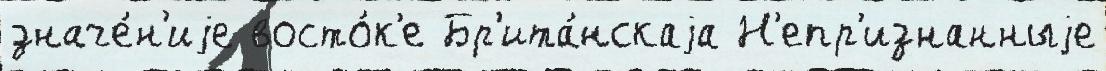
значе́н'иjе восто́к'е Бр'ита́нскаjа Н'епр'изнанныjе